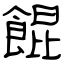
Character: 餛